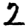
Digit: 2